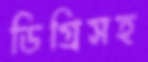
ডিগ্রিসহ